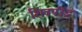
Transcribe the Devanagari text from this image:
शिवपींड